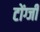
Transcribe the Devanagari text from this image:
टोंग्जी